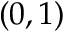
( 0 , 1 )